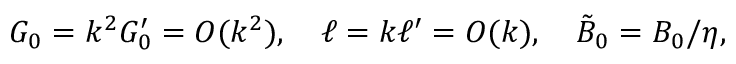
G _ { 0 } = k ^ { 2 } G _ { 0 } ^ { \prime } = O ( k ^ { 2 } ) , \quad \ell = k \ell ^ { \prime } = O ( k ) , \quad \tilde { B } _ { 0 } = B _ { 0 } / \eta ,